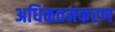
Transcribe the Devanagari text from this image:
अधिकतमकरण